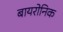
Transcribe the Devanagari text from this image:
बायरोनिक